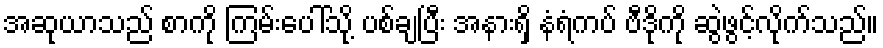
အဆုယာသည် စာကို ကြမ်းပေါ်သို့ ပစ်ချပြီး အနားရှိ နံရံကပ် ဗီဒိုကို ဆွဲဖွင့်လိုက်သည်။